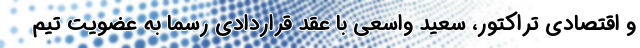
و اقتصادی تراکتور، سعید واسعی با عقد قراردادی رسماً به عضویت تیم